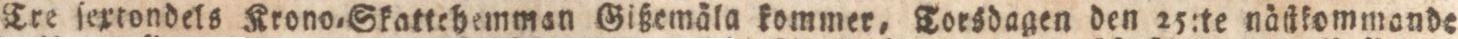
Tre ſextondels Krono-Gkattehemman Gißemäa kommer, torsdagen den 25:te näſtkommande